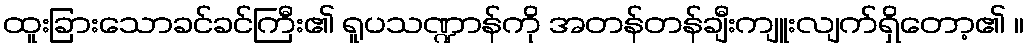
ထူးခြားသောခင်ခင်ကြီး၏ ရူပသဏ္ဍာန်ကို အတန်တန်ချီးကျူးလျက်ရှိတော့၏ ။